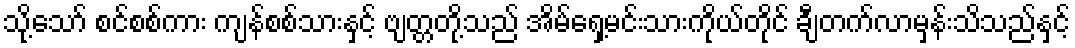
သို့သော် စင်စစ်ကား ကျန်စစ်သားနှင့် ဗျတ္တတို့သည် အိမ်ရှေ့မင်းသားကိုယ်တိုင် ချီတက်လာမှန်းသိသည်နှင့်